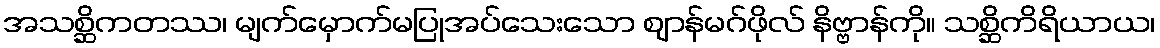
အသစ္ဆိကတဿ၊ မျက်မှောက်မပြုအပ်သေးသော ဈာန်မဂ်ဖိုလ် နိဗ္ဗာန်ကို။ သစ္ဆိကိရိယာယ၊